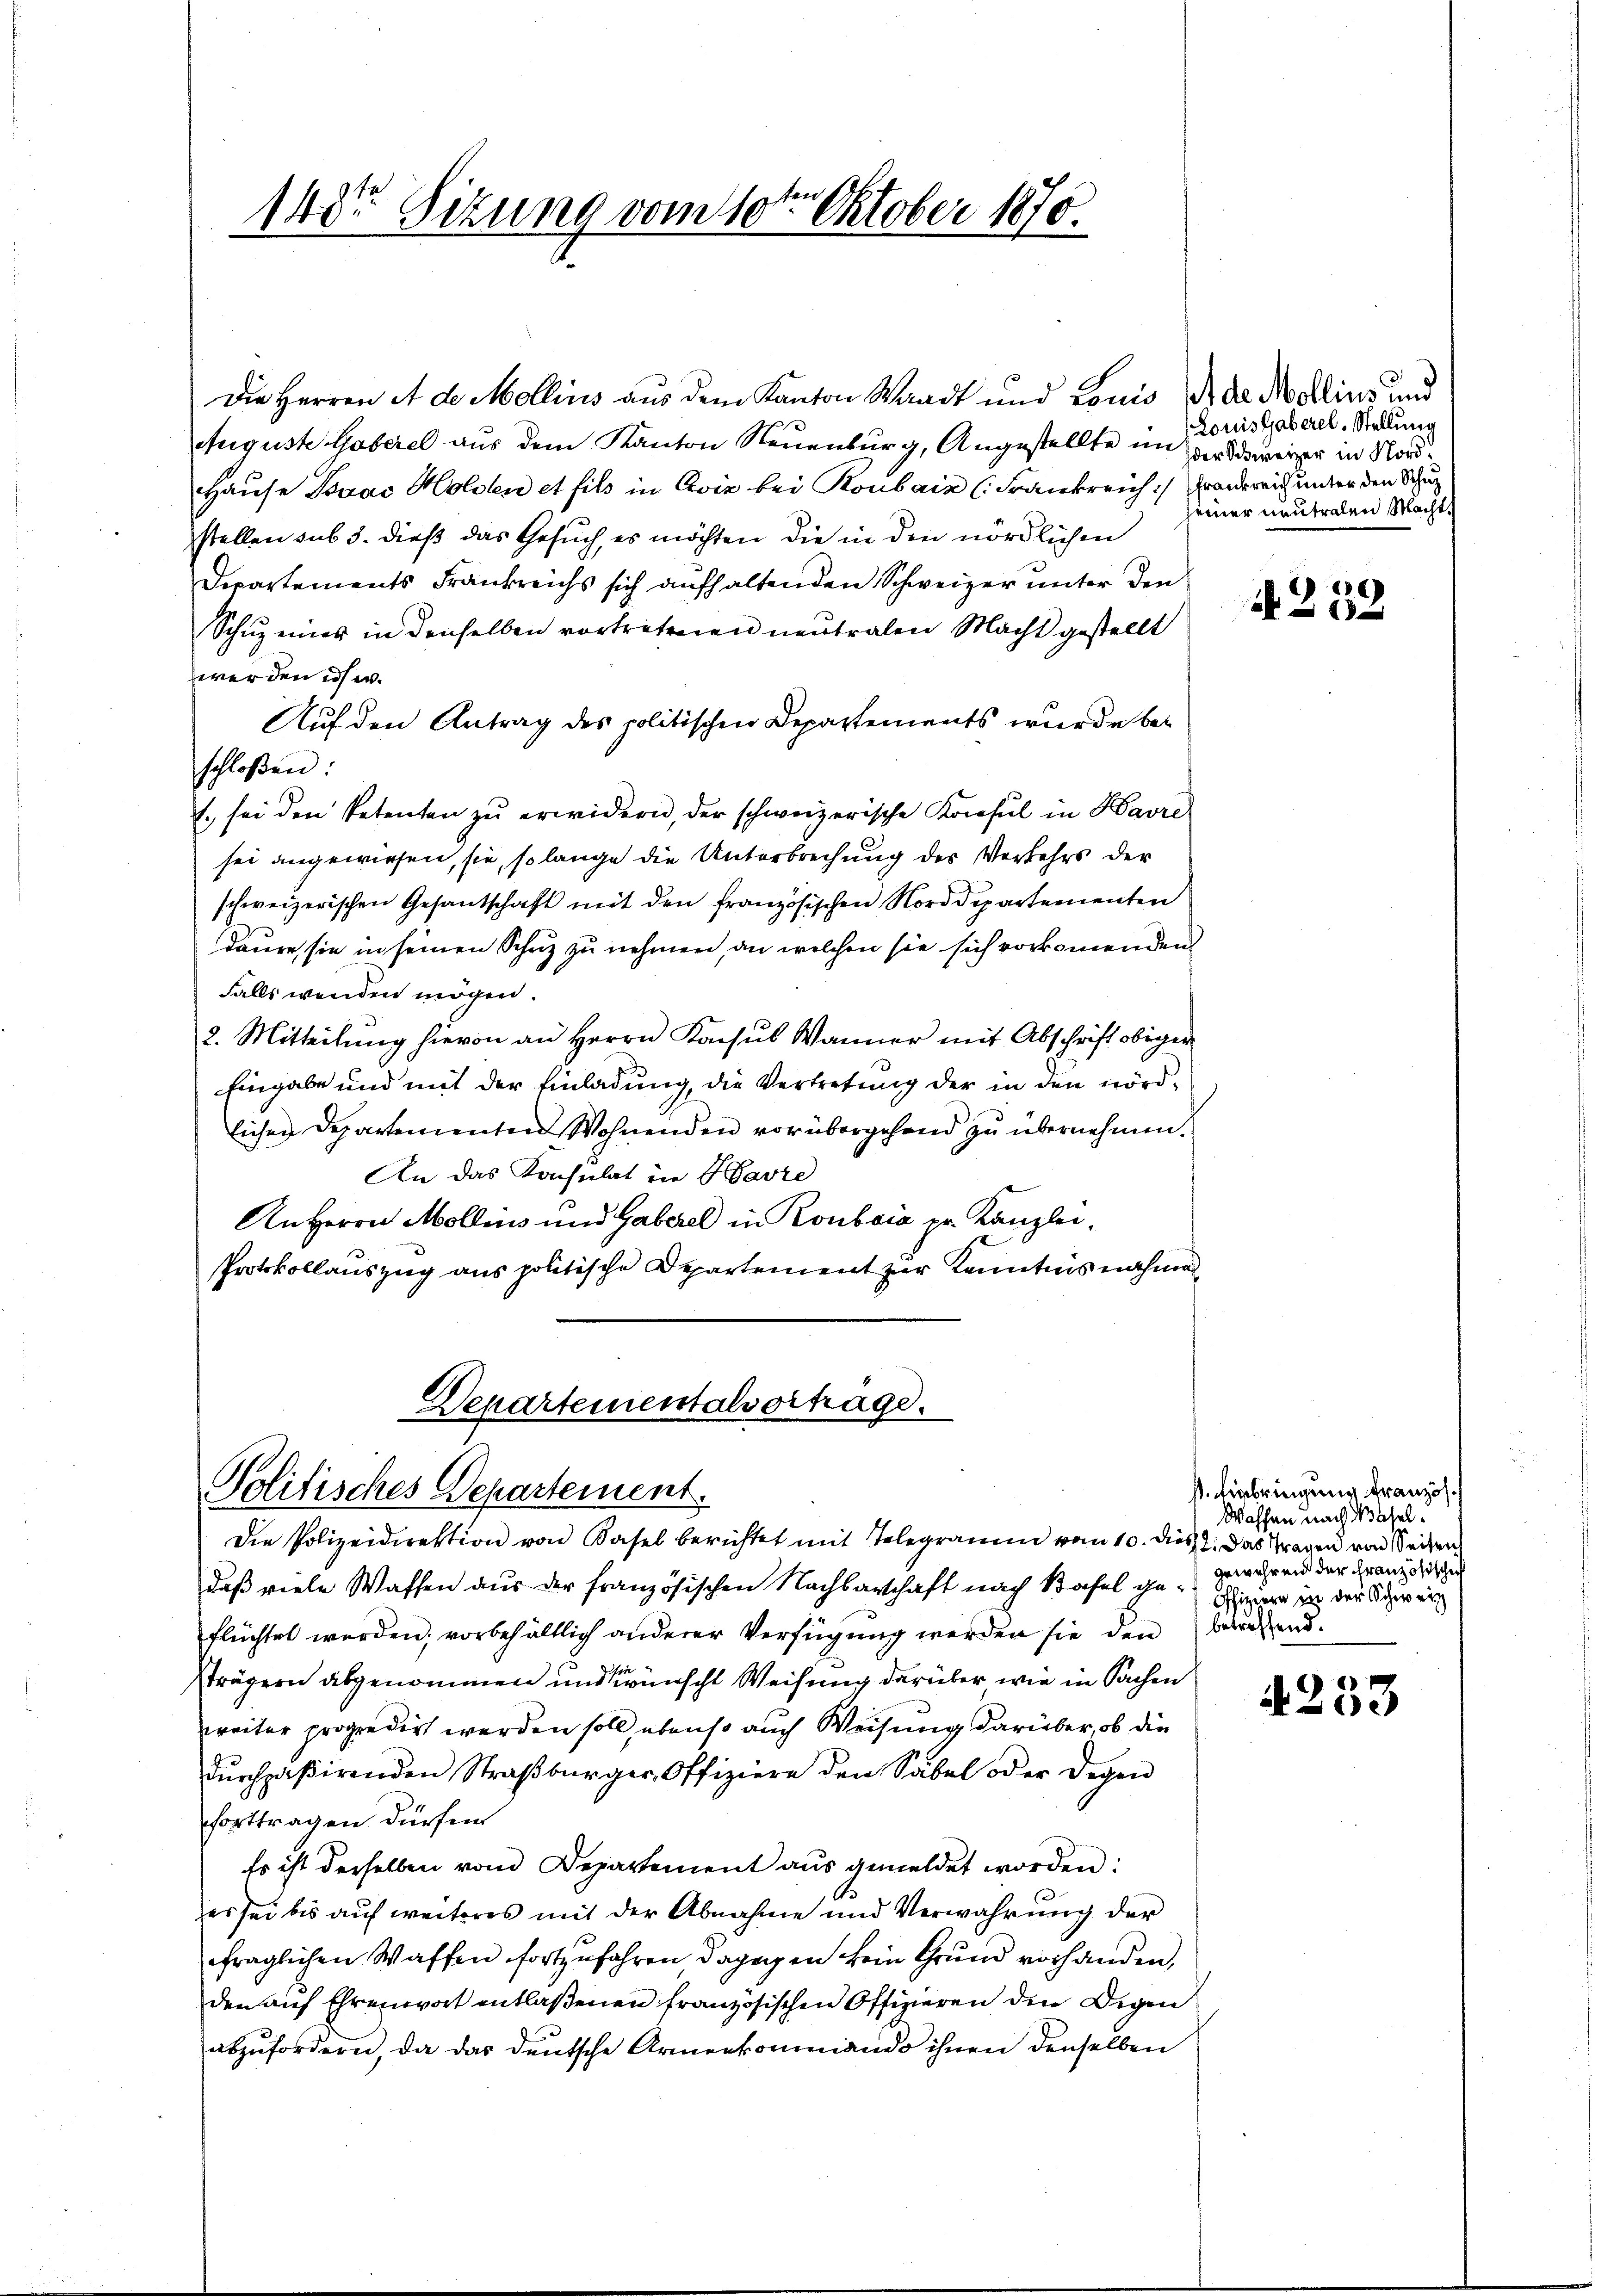
148te Sitzung vom 10te͇n Oktober 1870.

Die Herren A de Mollins aus dem Kanton Waadt und Louis der de Mollins und
Auguste Gaberel aus dem Kanton Neuenburg, Angestellte in Erddsweizer in Nord¬
Hause Baar Holden et fils in Eviz bei Roubain (Frankreich: Frankreich unter den Schul
stellen sub 3. dieß das Gesuch, es möchten die in den nördlichen
Departements Frankreichs sich aufhaltenden Schweizer unter den
Schŭz eines in denselben vortretenen neutralen Macht gestellt
werden es er.
Auf den Antrag des politischen Departements wurde beschloßen:
1. sei den Petenten zu erwidern, der schweizerische Konsul in Havre
sei angewiesen, sie, so lange die Unterbrechung des Verkehrs der
schweizerischen Gesantschaft mit den französischen Norddepartementen
daure sie in seinen Schuz zu nehmen, an welchen sie sich vorkommenden
Falls werden mögen.
2. Mitteilung hievon an Herrn Konsul Wanner mit Abschrift obiger
Eingabe und mit der Einladung, die Vertretung der in den nördlichen Departementen Wohnenden vorübergehend zu übernehmen.
An das Konsulat in Havre
An Herrn Mollins und Gaberel in Ronbsia er Kanzlei-
Protokollauszug aus politische Departement zur Kenntnis nahme

Departementalverträge.
Politisches Departement.
Die Polizeidirektion von Basel berichtet mit Telegramm von 10. dies 2. Das Tragen von Seiter

daß viele Waffen aus der französischen Nachbarschaft nach Basel gegewährend der Französische
flüchtet werden; vorbehältlich anderer Verfügung werden sie den betreffend.
strägern abgenommen und wünscht Weisung darüber wie in Sachen
zweiter propredirt werden soll, ebenso auch Weisung darüber, ob die
dŭrchpaβirenden Straβbürger, Offiziere den Säbel oder Degen
forttragen dürfen
Es ist derselben vom Departement aus gemeldet worden:
es sei bis auf weiteres mit der Abnahme und Verwahrung der
fraglichen Waffen fortzufahren dagegen kein Grund vorhanden,
den auf Ehrenwort entlaßenen französischen Offizieren den Degen
abzufordern, da das deutsche Armenkommando ihnen denselben

Louisgaberel. Stellung
seiner neutralen Macht

4232

st. Einbringung französ.
Waffen nach Basel.
Offiziere in der Schweiz

4253